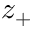
z _ { + }